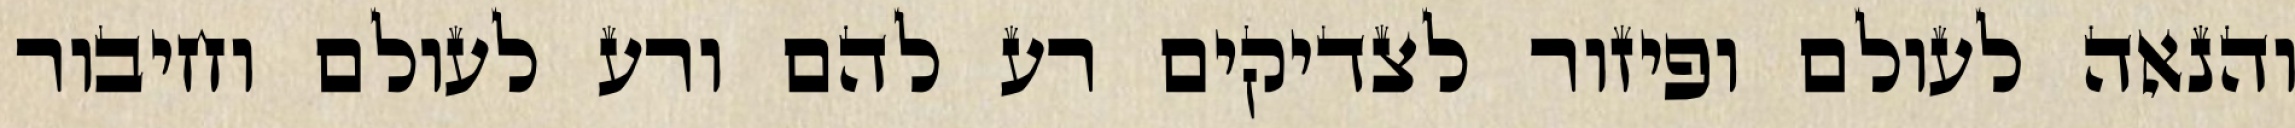
והנאה לעולם ופיזור לצדיקים רע להם ורע לעולם וחיבור